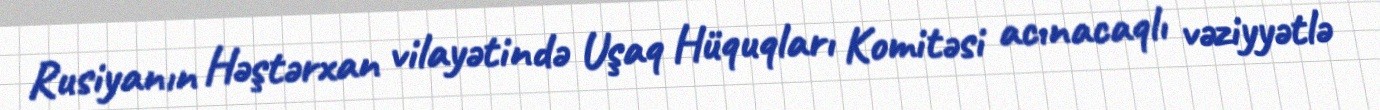
Rusiyanın Həştərxan vilayətində Uşaq Hüquqları Komitəsi acınacaqlı vəziyyətlə